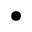
\bullet